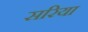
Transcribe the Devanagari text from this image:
सरिया